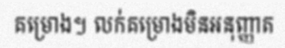
គម្រោង។ លក់គម្រោងមិនអនុញ្ញាត